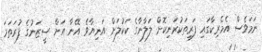
ނަމަވެސް އެމެރިކާގައި ފަރިތަކުރަނިކޮށް ލަލާނާގެ ކަކުލަށް އަނިޔާވެ އޭނާ އަށް ސީޒަނުގެ ފުރަތަމަ